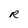
Character: R